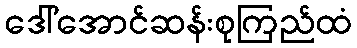
ဒေါ်အောင်ဆန်းစုကြည်ထံ